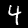
Label: 4